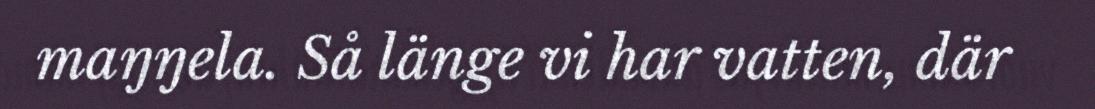
maŋŋela. Så länge vi har vatten, där